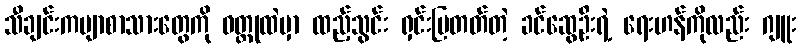
သီချင်းကဗျာစာသားတွေကို ဝတ္ထုထဲမှာ ထည့်သွင်း ရှင်းပြတတ်တဲ့ ခင်ဆွေဦးရဲ့ ရေးဟန်ကိုလည်း ဂျူး